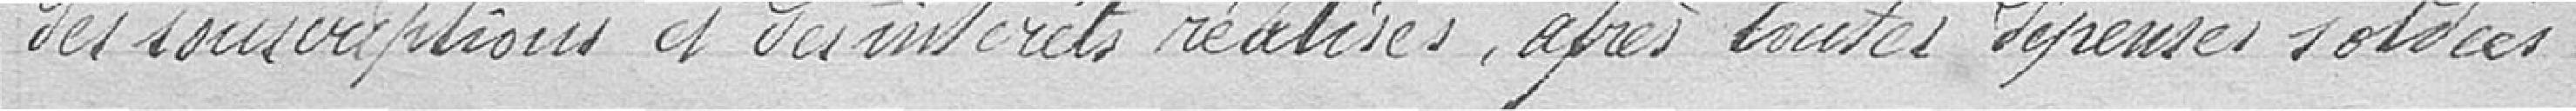
des souscriptions et des intérêts réalisés, après toutes dépenses soldées.